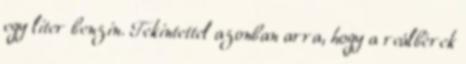
egy liter benzin. Tekintettel azonban arra, hogy a reálbérek